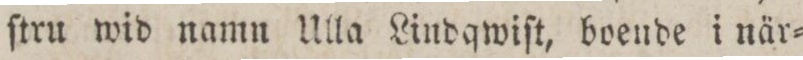
ſtru wid namn Ulla Lindqwiſt, boende i när=